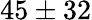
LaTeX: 45\pm 32